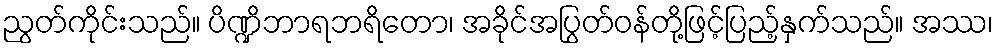
ညွတ်ကိုင်းသည်။ ပိဏ္ဍိဘာရဘရိတော၊ အခိုင်အပြွတ်ဝန်တို့ဖြင့်ပြည့်နှက်သည်။ အဿ၊